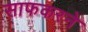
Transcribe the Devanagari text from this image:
साफकरने